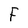
Character: F